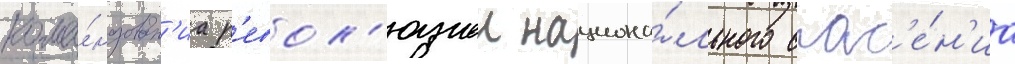
кома́ндован'иа р'евол'юциеи национа́льного спас'е́н'иа